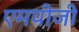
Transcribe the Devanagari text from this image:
एमपीजी